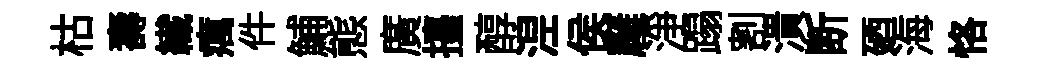
枯壽纎癘件鯆態廣擡醇𣵀侯廱淨蹋割潰断廼海恪